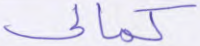
كمالي